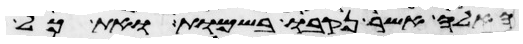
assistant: האלה אשר נקבו בשמות ואת כל